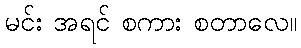
မင်း အရင် စကား စတာလေ။